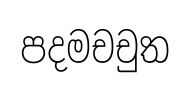
පදමචචුත